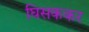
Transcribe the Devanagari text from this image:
घिसककर